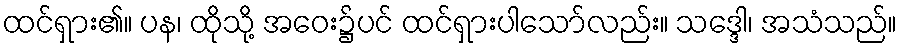
ထင်ရှား၏။ ပန၊ ထိုသို့ အဝေး၌ပင် ထင်ရှားပါသော်လည်း။ သဒ္ဒေါ၊ အသံသည်။